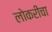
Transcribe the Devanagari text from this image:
लोकरीचा